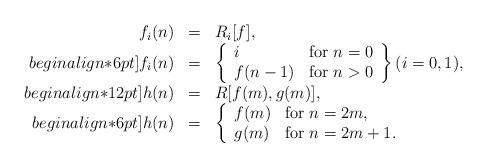
LaTeX: \begin{align*}\begin{array}{rcl} f_i(n)&=&R_i[f],\\begin{align*}6pt] f_i(n)&=&\left\{\begin{array}{ll} i&\hbox{for }n=0\\ f(n-1)&\hbox{for }n>0 \end{array}\right\} (i=0,1),\\begin{align*}12pt] h(n)&=&R[f(m),g(m)],\\begin{align*}6pt] h(n)&=&\left\{\begin{array}{ll} f(m)&\hbox{for }n=2m,\\ g(m)&\hbox{for }n=2m+1. \end{array}\right.\end{array}\end{align*}